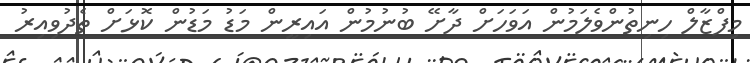
މިފްޒާލް ހިނިތުންވެލަމުން އަވަހަށް ދާށޭ ބުނުމުން އައިރީން މަޑު މަޑުން ކޮޅަށް ތެދުވިއިރު